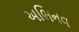
અભિનવ